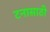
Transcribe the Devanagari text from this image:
टनासाठी